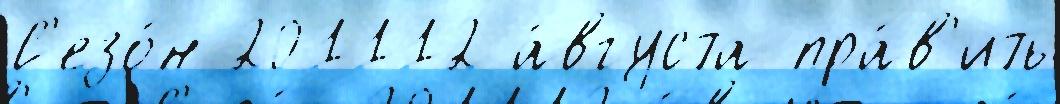
С'езо́н 201112 а́вгуста пра́в'ить